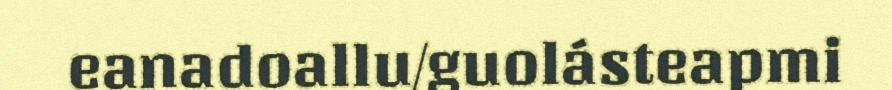
eanadoallu/guolásteapmi